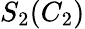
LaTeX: S_{2}(C_{2})